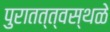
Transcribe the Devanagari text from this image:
पुरातत्त्वस्थळे